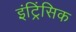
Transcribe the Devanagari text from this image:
इंट्रिंसिक